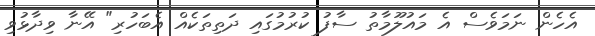
އެހެން ނަމަވެސް އެ މައުލޫމާތު ސާފު ކުރުމުގައި ދަތިތަކެއް އެބަހުރި" އޭނާ ވިދާޅުވި